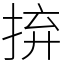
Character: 𢬵